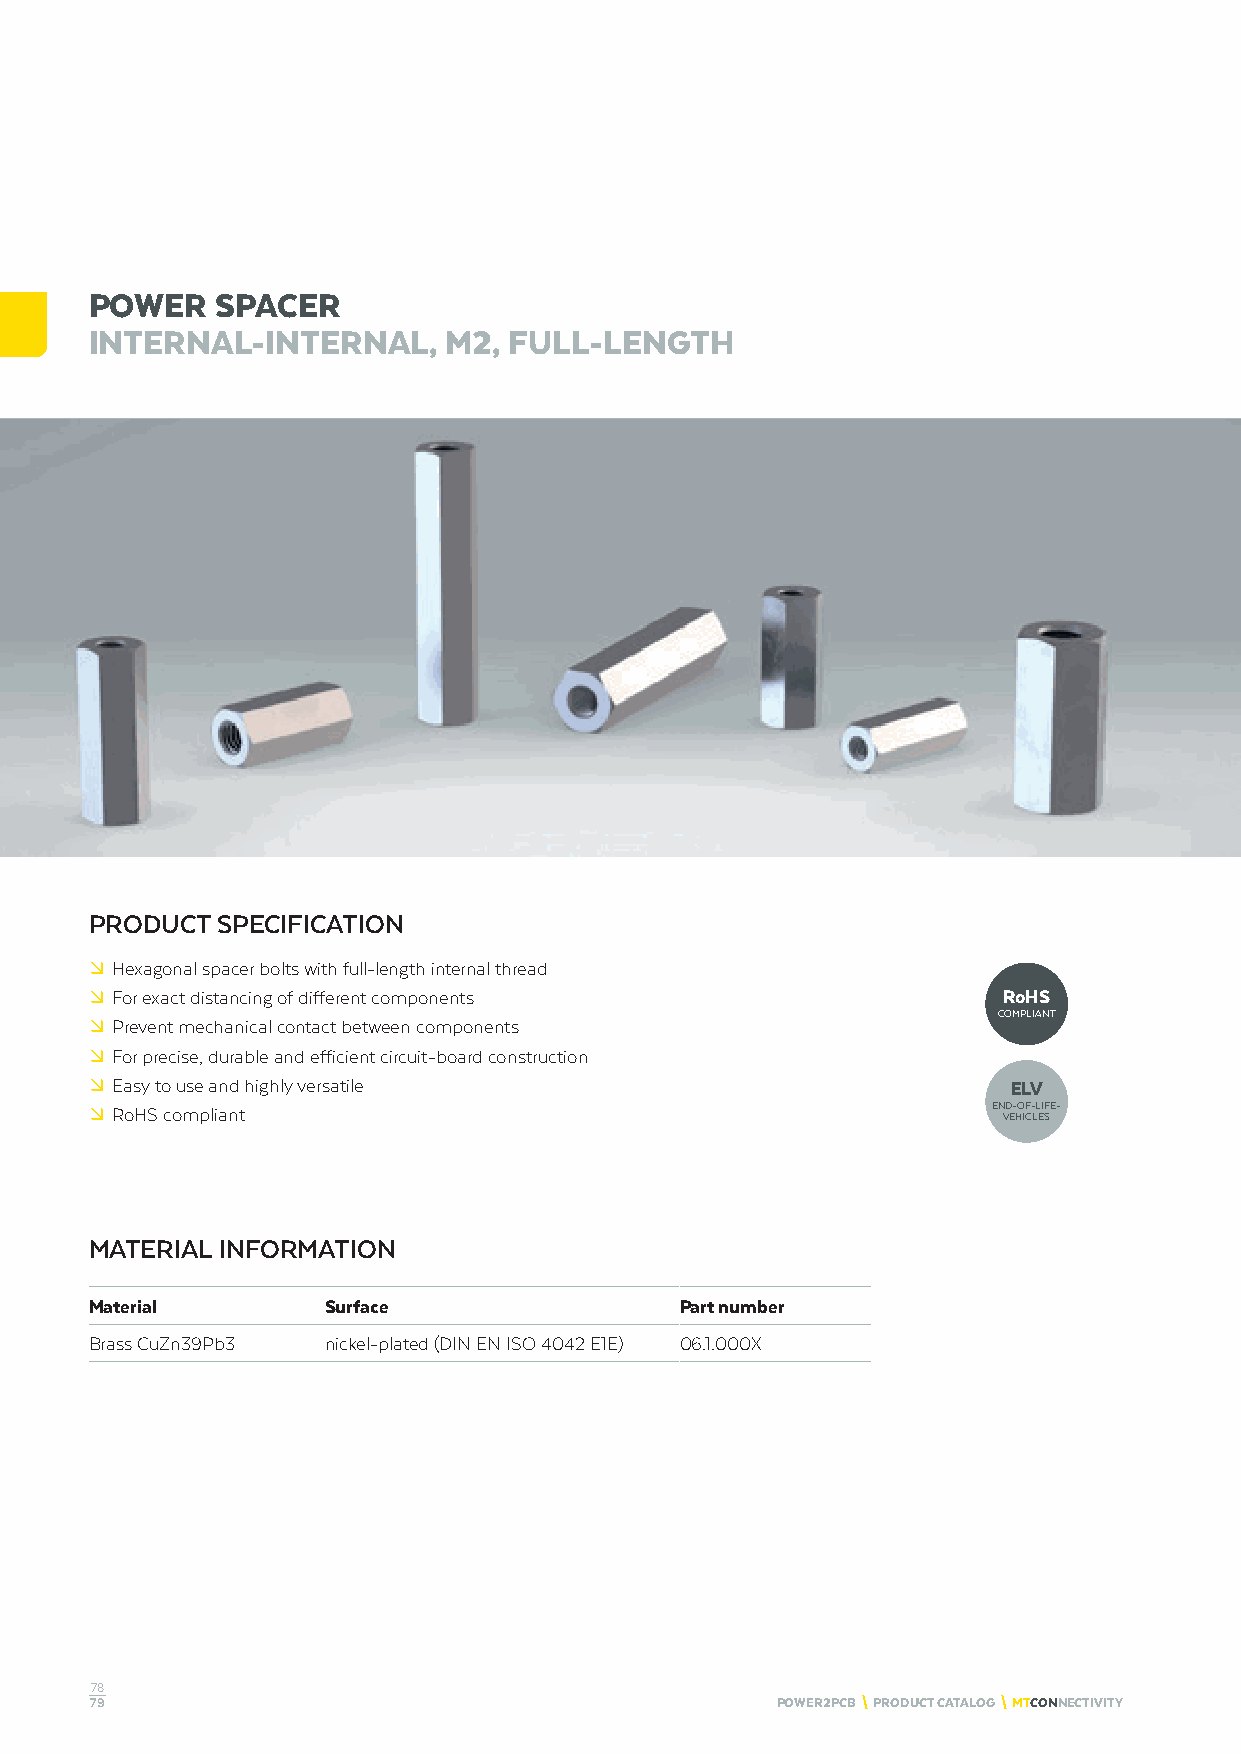
POWER   SPACER
 INTERNAL-INTERNAL,     M2,  FULL-LENGTH
 PRODUCT SPECIFICATION
 º Hexagonal spacer bolts with full-length internal thread
 º For exact distancing of different components              RoHS
 COMPLIANT
 º Prevent mechanical contact between components
 º For precise, durable and efficient circuit-board construction
 º Easy to use and highly versatile                           ELV
 º RoHS compliant                                            END-OF-LIFE-
 VEHICLES
 MATERIAL INFORMATION
 Material        Surface                Part number
 Brass CuZn39Pb3 nickel-plated (DIN EN ISO 4042 E1E) 06.1.000X
 78
 79                                           POWER2PCB \ PRODUCT CATALOG \ MTCONNECTIVITY